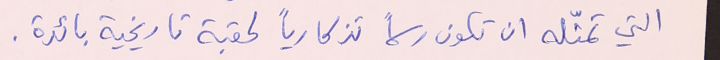
التي تمثّله ان تكون رسماً تذكارياً لحقبة تاريخية بائدة.